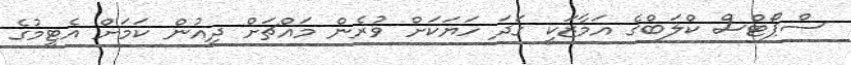
ސްޕޯޓްސް ކްލަބްގެ އަމާޒަކީ ގަދަ ހަޔަކަށް ވުރެން މައްޗަށް ދިއުން ކަމަށް އެޓީމުގެ